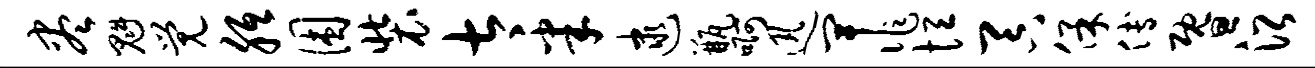
尽魁觉胝困装太半逮瓶啊迅卑作恒吞保傅暨沿